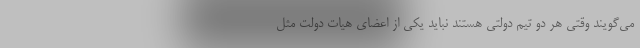
می‌گویند وقتی هر دو تیم دولتی هستند نباید یکی از اعضای هیات دولت مثل